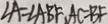
\angle A = \angle A B F , A C = B F